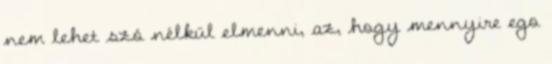
nem lehet szó nélkül elmenni, az, hogy mennyire ego